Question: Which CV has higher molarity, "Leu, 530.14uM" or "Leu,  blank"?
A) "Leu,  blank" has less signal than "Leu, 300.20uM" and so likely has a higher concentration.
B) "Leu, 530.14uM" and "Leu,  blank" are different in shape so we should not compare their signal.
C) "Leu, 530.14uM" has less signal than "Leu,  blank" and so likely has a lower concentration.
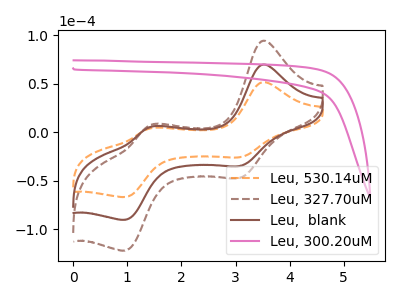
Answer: <think>The orange dashed curve "Leu, 530.14uM" has anodic peaks at (3.50V, 51.55uA) (1.40V, 3.95uA) and cathodic peaks at (3.10V, -25.85uA) (0.95V, -66.80uA). The brown dashed curve "Leu, 327.70uM" has anodic peaks at (3.50V, 139.40uA) (1.40V, 10.70uA) and cathodic peaks at (3.10V, -69.80uA) (0.95V, -180.60uA). The brown curve "Leu,  blank" has anodic peaks at (3.50V, 69.70uA) (1.40V, 5.35uA) and cathodic peaks at (3.10V, -34.90uA) (0.95V, -90.30uA). The pink curve "Leu, 300.20uM" has no peaks.
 All the peaks in "Leu, 530.14uM" have a peak in "Leu,  blank" at the same potential. Every peak in "Leu, 530.14uM" is lower than every peak in "Leu,  blank".</think>
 <answer>C) "Leu, 530.14uM" has less signal than "Leu,  blank" and so likely has a lower concentration.</answer>
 <eval>C</eval>